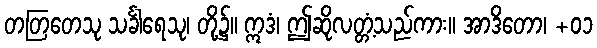
တတြတေသု သင်္ခါရေသု၊ တို့၌။ ဣဒံ၊ ဤဆိုလတ္တံ့သည်ကား။ အာဒိတော၊ +၀၁